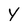
Character: Y